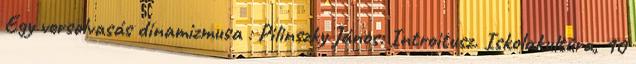
Egy versolvasás dinamizmusa : Pilinszky János: Introitusz. Iskolakultúra, 10